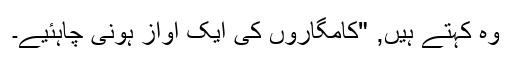
وہ کہتے ہیں, "کامگاروں کی ایک آواز ہونی چاہئیے۔